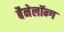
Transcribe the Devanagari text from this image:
बैनेलॉन्ग